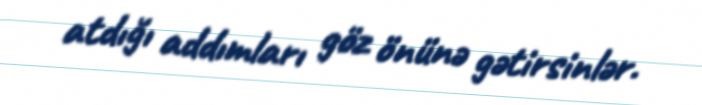
atdığı addımları göz önünə gətirsinlər.